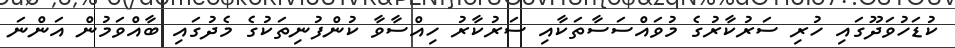
ކުޑަހުވަދޫގައި ހުރި ސަރުކާރުގެ މުވައްސަސާތަކާއި ސަރުކާރު ހިއްސާވާ ކުންފުނިތަކުގެ މެދުގައި ބާއްވަމުން އަންނަ